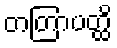
တတြာပတ္ထိ